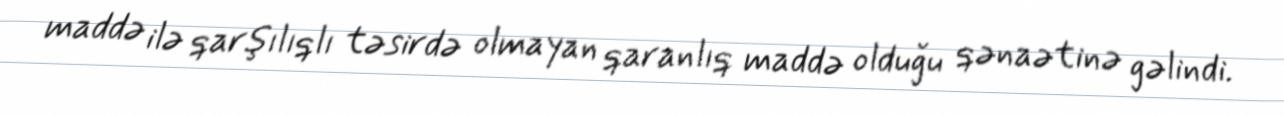
maddə ilə qarşılıqlı təsirdə olmayan qaranlıq maddə olduğu qənaətinə gəlindi.